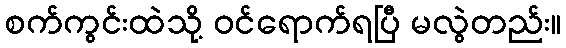
စက်ကွင်းထဲသို့ ဝင်ရောက်ရပြီ မလွဲတည်း။